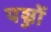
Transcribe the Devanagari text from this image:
पञ्जों